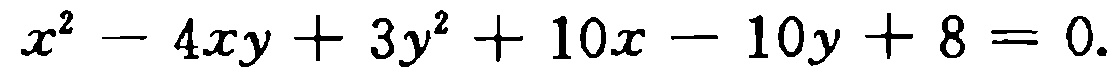
\(x^{2}-4xy + 3y^{2}+10x - 10y + 8 = 0.\)